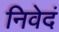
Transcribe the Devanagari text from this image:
निवेदं